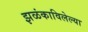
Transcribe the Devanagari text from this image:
झळंकाविलेल्या